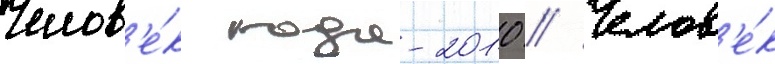
Челов'е́к года-2010 // Челов'е́к